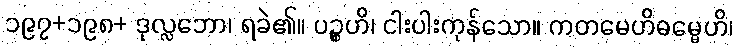
၁၉၇+၁၉၈+ ဒုလ္လဘော၊ ရခဲ၏။ ပဉ္စဟိ၊ ငါးပါးကုန်သော။ ကတမေဟိဓမ္မေဟိ၊